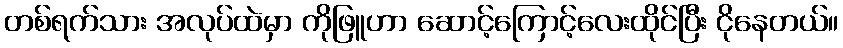
တစ်ရက်သား အလုပ်ထဲမှာ ကိုဖြူဟာ ဆောင့်ကြောင့်လေးထိုင်ပြီး ငိုနေတယ်။